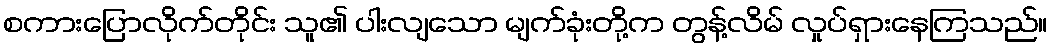
စကားပြောလိုက်တိုင်း သူ၏ ပါးလျသော မျက်ခုံးတို့က တွန့်လိမ် လှုပ်ရှားနေကြသည်။